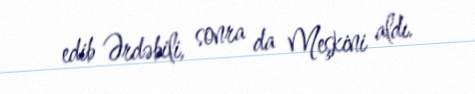
edib Ərdəbili, sonra da Meşkini aldı.